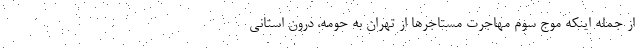
از جمله اینکه موج سوم مهاجرت مستاجرها از تهران به حومه، درون استانی